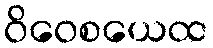
ဝိဝေစယေထ